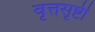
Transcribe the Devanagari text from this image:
वृत्तसृष्टी